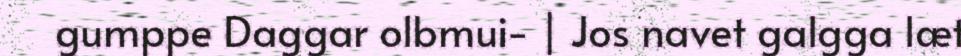
gumppe Daggar olbmui- | Jos navet galgga læt